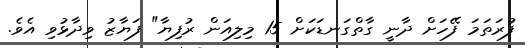
ފުރަތަމަ ފޭހަށް ދާނީ ގާތްގަނޑަކަށް 15 މިލިއަން ރުފިޔާ" ފަޔާޒު ވިދާޅުވި އެވެ.